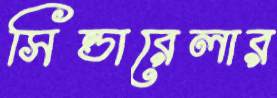
সিন্ডারেলার